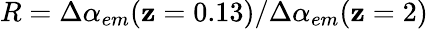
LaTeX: R=\Delta\alpha_{em}(\mathbf{z}=0.13)/\Delta\alpha_{em}(\mathbf{z}=2)